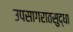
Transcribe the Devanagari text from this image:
उपसागरातसुद्धा